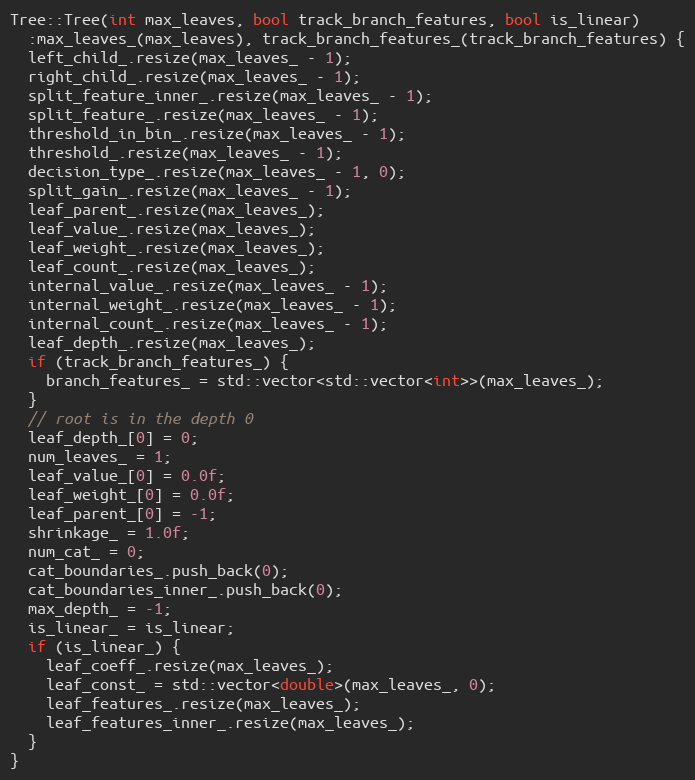
Language: C++
Tree::Tree(int max_leaves, bool track_branch_features, bool is_linear)
  :max_leaves_(max_leaves), track_branch_features_(track_branch_features) {
  left_child_.resize(max_leaves_ - 1);
  right_child_.resize(max_leaves_ - 1);
  split_feature_inner_.resize(max_leaves_ - 1);
  split_feature_.resize(max_leaves_ - 1);
  threshold_in_bin_.resize(max_leaves_ - 1);
  threshold_.resize(max_leaves_ - 1);
  decision_type_.resize(max_leaves_ - 1, 0);
  split_gain_.resize(max_leaves_ - 1);
  leaf_parent_.resize(max_leaves_);
  leaf_value_.resize(max_leaves_);
  leaf_weight_.resize(max_leaves_);
  leaf_count_.resize(max_leaves_);
  internal_value_.resize(max_leaves_ - 1);
  internal_weight_.resize(max_leaves_ - 1);
  internal_count_.resize(max_leaves_ - 1);
  leaf_depth_.resize(max_leaves_);
  if (track_branch_features_) {
    branch_features_ = std::vector<std::vector<int>>(max_leaves_);
  }
  // root is in the depth 0
  leaf_depth_[0] = 0;
  num_leaves_ = 1;
  leaf_value_[0] = 0.0f;
  leaf_weight_[0] = 0.0f;
  leaf_parent_[0] = -1;
  shrinkage_ = 1.0f;
  num_cat_ = 0;
  cat_boundaries_.push_back(0);
  cat_boundaries_inner_.push_back(0);
  max_depth_ = -1;
  is_linear_ = is_linear;
  if (is_linear_) {
    leaf_coeff_.resize(max_leaves_);
    leaf_const_ = std::vector<double>(max_leaves_, 0);
    leaf_features_.resize(max_leaves_);
    leaf_features_inner_.resize(max_leaves_);
  }
}